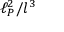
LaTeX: \ell _ { P } ^ { 2 } / l ^ { 3 }